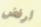
لرفض